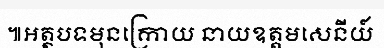
៕អត្ថបទមុនក្រោយ នាយឧត្តមសេនីយ៍